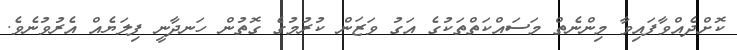
ކޮށްދެއްވާފައިވާ މިންނެތް މަސައްކަތްތަކުގެ އަގު ވަޒަން ކުރުމުގެ ގޮތުން ހަނދާނީ ފިލަޔެއް އެރުވުނެވެ.